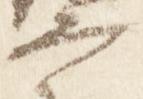
宰